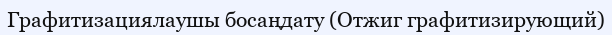
Графитизациялаушы босаңдату (Отжиг графитизирующий)